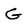
Character: G